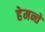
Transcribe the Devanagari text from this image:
हेमन्ते